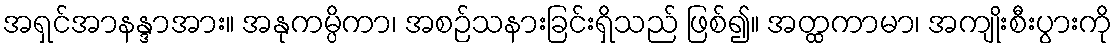
အရှင်အာနန္ဒာအား။ အနုကမ္ပိကာ၊ အစဉ်သနားခြင်းရှိသည် ဖြစ်၍။ အတ္ထကာမာ၊ အကျိုးစီးပွားကို